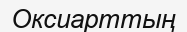
Оксиарттың